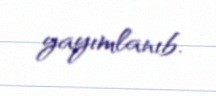
yayımlanıb.